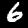
Digit: 6